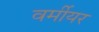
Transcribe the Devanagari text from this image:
वर्मीयर